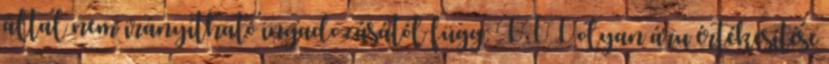
által nem irányítható ingadozásától függ; III olyan áru értékesítése